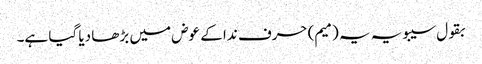
بقول سیبویہ یہ (میم) حرف ندا کے عوض میں بڑھا دیا گیا ہے۔